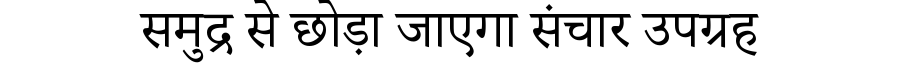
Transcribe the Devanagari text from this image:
समुद्र से छोड़ा जाएगा संचार उपग्रह